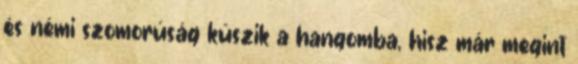
és némi szomorúság kúszik a hangomba, hisz már megint